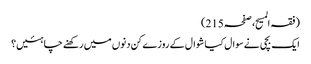
(فقہ المسیح، صفحہ215)
ایک بچی نے سوال کیا شوال کے روزے کن دنوں میں رکھنے چاہئیں؟